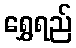
ရွှေရည်